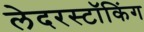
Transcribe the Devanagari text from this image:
लेदरस्टॉकिंग